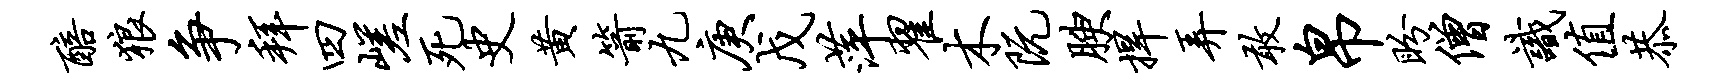
醅狼争拜四嵯死史黄箭九庚戊萍翟木阮腴捍弄敢帛盼僧识值恭